Civil Veterinary Dept. Bombay admin report 1932-41 - 1932-1941
Year: 1932
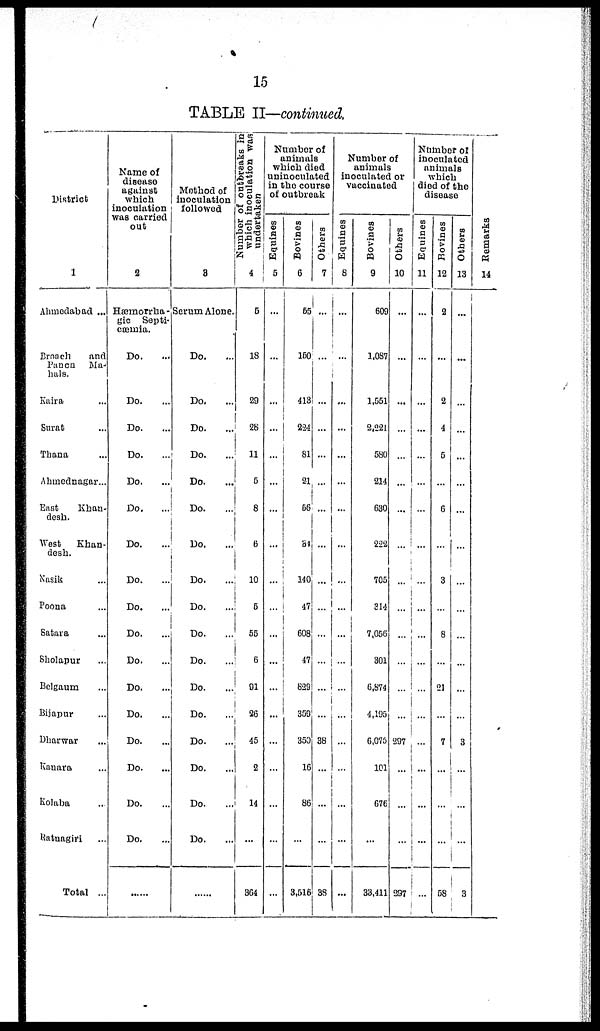
15
TABLE II—continued.
District
1
Ahmedabad ...
Broach
and
Panch Ma¬
hals.
Kaira ...
Surat ...
Thana ...
Ahmednagar...
East
Khan¬
desh.
West Khan¬
desh.
Nasik ...
Poona ...
Satara ...
Sholapur ...
Belgaum ...
Bijapur ...
Dharwar ...
Kanara ...
Kolaba ...
Ratnagiri ...
Total ...
Name of
disease
against
which
inoculation
was carried
out
2
Hæmorrha¬
gic Septi-
cæmia.
Do. ...
Do. ...
Do. ...
Do. ...
Do. ...
Do.
...
Do. ...
Do. ...
Do. ...
Do. ...
Do. ...
Do. ...
Do. ...
Do. ...
Do. ...
Do. ...
Do. ...
......
Method of
inoculation
followed
3
Serum Alone.
Do. ...
Do. ...
Do. ...
Do. ...
Do.
...
Do.
...
Do. ...
Do. ...
Do. ...
Do. ...
Do. ...
Do.
...
Do. ...
Do. ...
Do. ...
Do. ...
Do. ...
......
Number of outbreaks in
which inoculation was
undertaken
4
5
18
29
28
11
5
8
6
10
5
55
6
91
26
45
2
14
...
364
Number of
animals
which died
uninoculated
in the course
of outbreak
Equines
5
...
...
...
...
...
...
...
...
...
...
...
...
...
...
...
...
...
...
...
Bovines
6
55
150
413
224
81
21
56
34
140
47
608
47
829
359
350
16
86
...
3,516
Others
7
...
...
...
...
...
...
...
...
...
...
...
...
...
...
38
...
...
...
38
Number of
animals
inoculated or
vaccinated
Equines
8
...
...
...
...
...
...
...
...
...
...
...
...
...
...
...
...
...
...
...
Bovines
9
609
1,087
1,551
2,221
580
214
630
222
705
314
7,056
301
6,874
4,195
6,075
101
676
...
33,411
Others
10
...
...
...
...
...
...
...
...
...
...
...
...
...
...
297
...
...
...
297
Number of
inoculated
animals
which
died of the
disease
Equines
11
...
...
...
...
...
...
...
...
...
...
...
...
...
...
...
...
...
...
...
Bovines
12
2
...
2
4
5
...
6
...
3
...
8
...
21
...
7
...
...
...
58
Others
13
...
...
...
...
...
...
...
...
...
...
...
...
...
...
3
...
...
...
3
Remarks
14